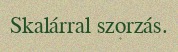
Skalárral szorzás.